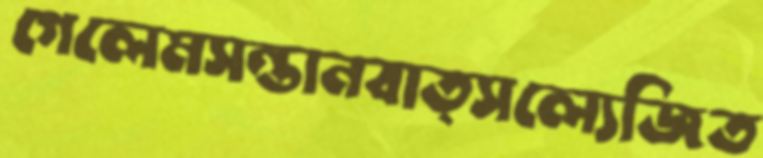
গেলেমসন্তানবাত্সল্যেজিত